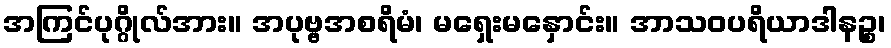
အကြင်ပုဂ္ဂိုလ်အား။ အပုဗ္ဗအစရိမံ၊ မရှေးမနှောင်း။ အာသဝပရိယာဒါနဉ္စ၊